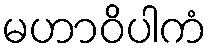
မဟာဝိပါကံ